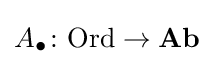
A_{\bullet }\colon {\text{Ord}}\to {\textbf {Ab}}